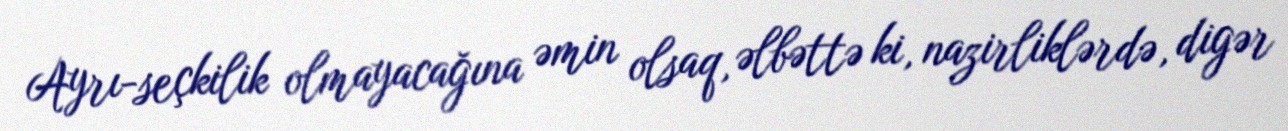
Ayrı-seçkilik olmayacağına əmin olsaq, əlbəttə ki, nazirliklərdə, digər